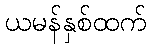
ယမန်နှစ်ထက်